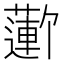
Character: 𬞮